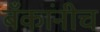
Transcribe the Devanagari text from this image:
बँकांनीच